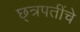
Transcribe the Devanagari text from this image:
छ्त्रपतींचे